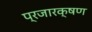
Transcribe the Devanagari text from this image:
प्रजारक्षण